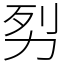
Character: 劽